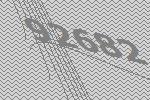
92682